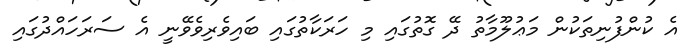
އެ ކުންފުނިތަކުން މަޢުލޫމާތު ދޭ ގޮތުގައި މި ހަރަކާތުގައި ބައިވެރިވެވޭނީ އެ ސަރަހައްދުގައި